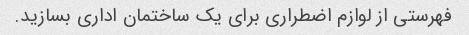
فهرستی از لوازم اضطراری برای یک ساختمان اداری بسازید.